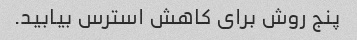
پنج روش برای کاهش استرس بیابید.